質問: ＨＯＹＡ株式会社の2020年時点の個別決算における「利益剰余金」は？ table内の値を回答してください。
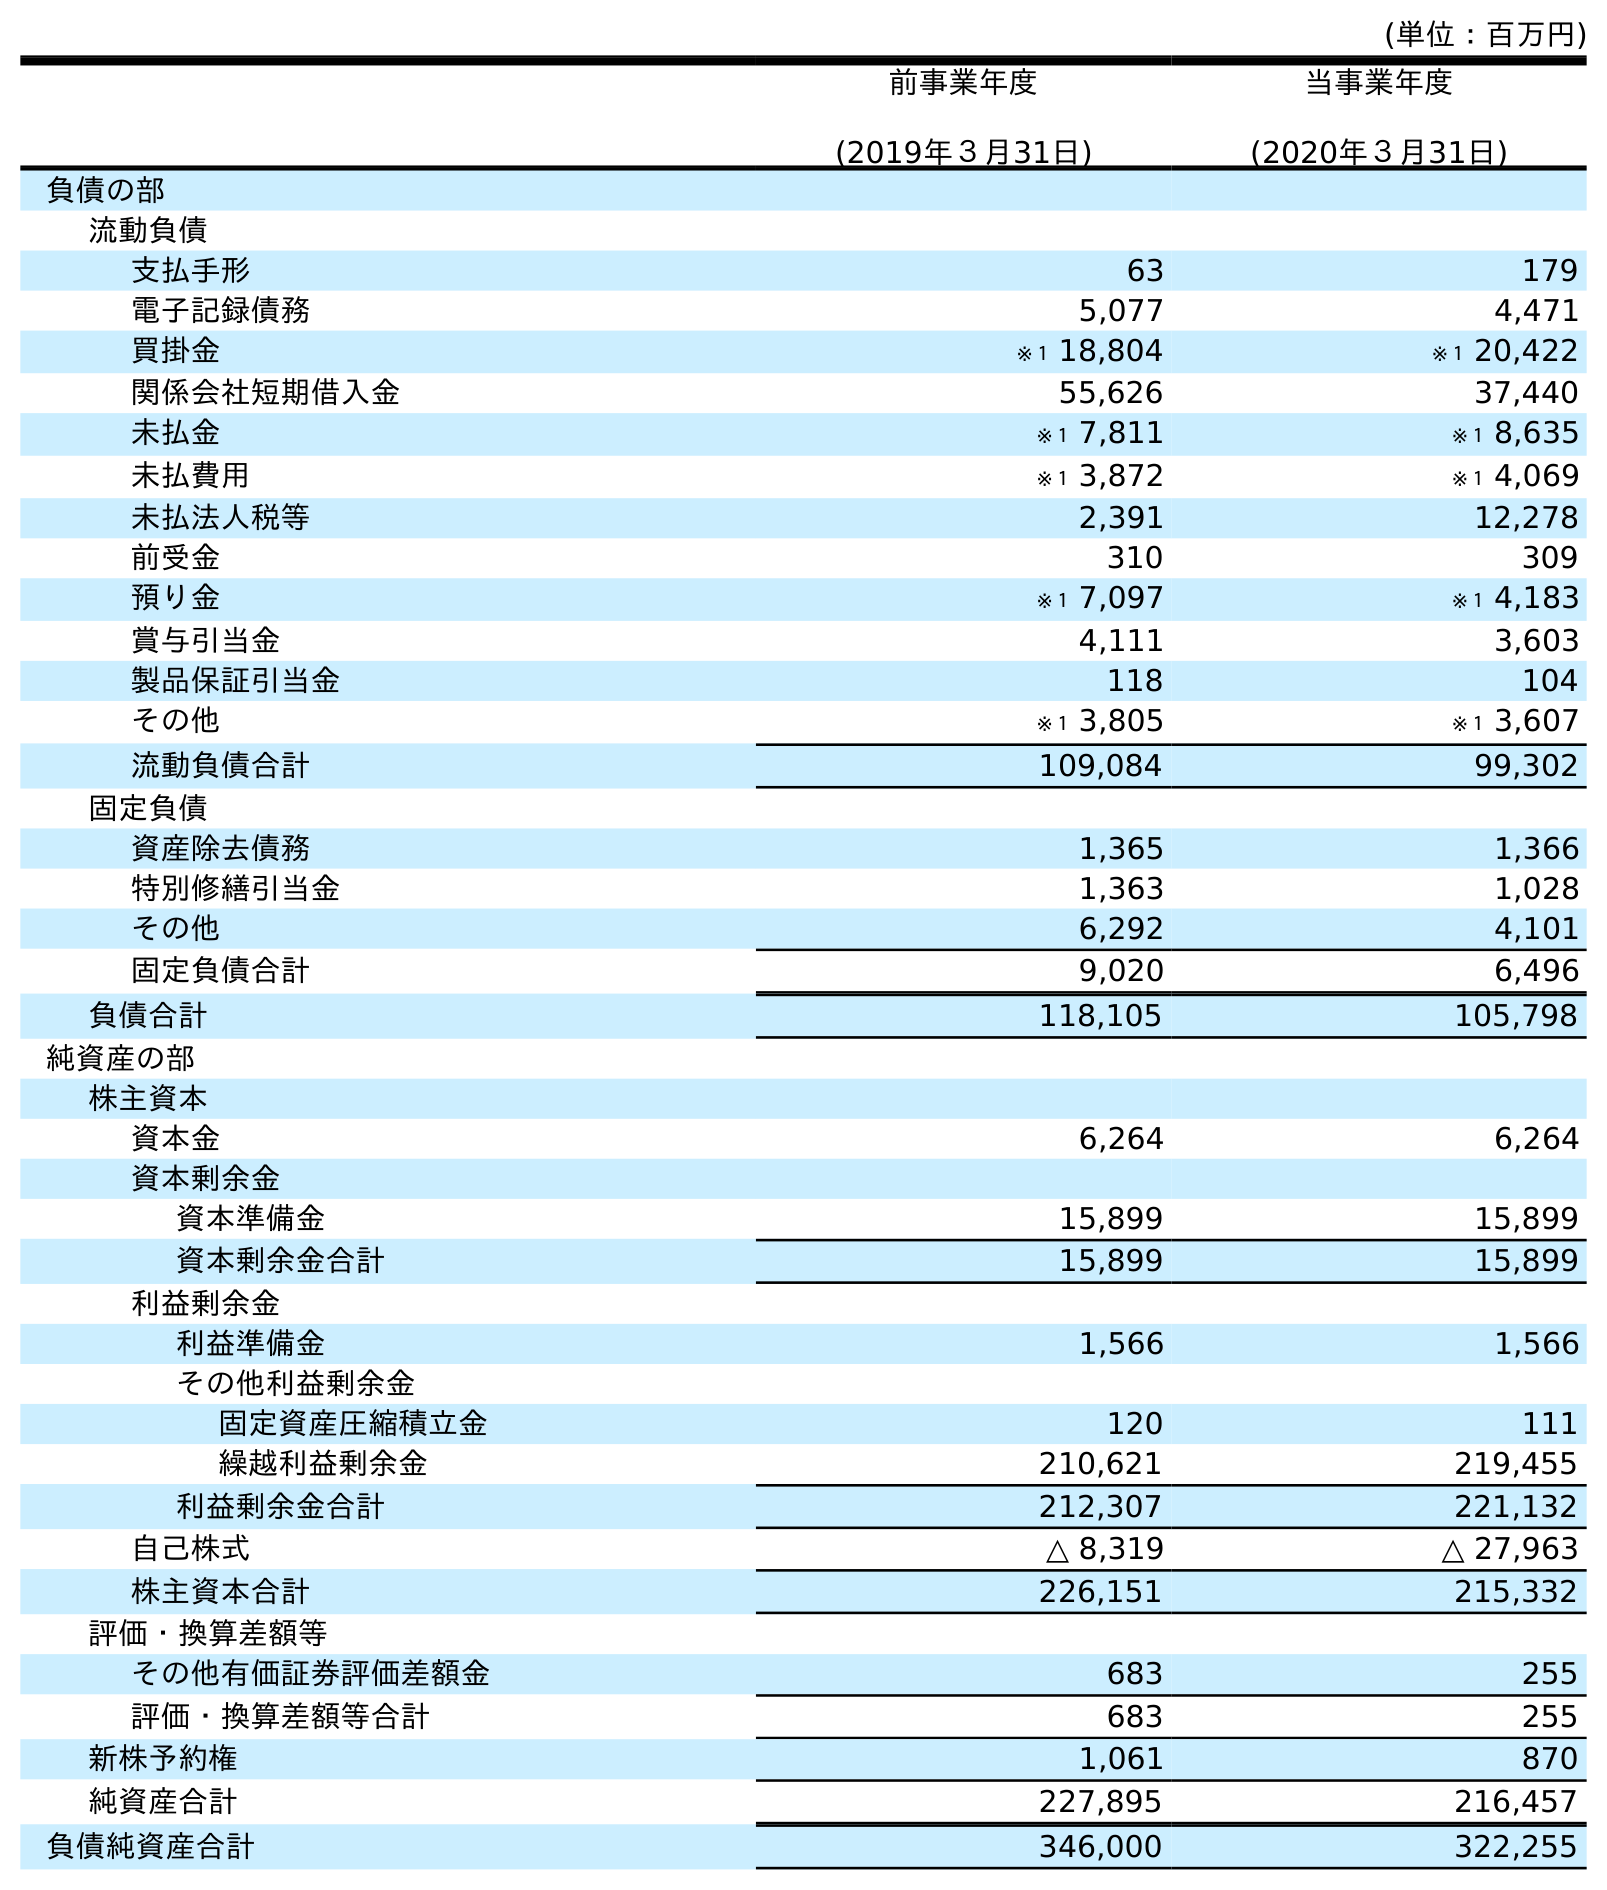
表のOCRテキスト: (単位：百万円) 前事業年度 (2019年３月31日) 当事業年度 (2020年３月31日) 負債の部 流動負債 支払手形 63 179 電子記録債務 5,077 4,471 買掛金 ※１ 18,804 ※１ 20,422 関係会社短期借入金 55,626 37,440 未払金 ※１ 7,811 ※１ 8,635 未払費用 ※１ 3,872 ※１ 4,069 未払法人税等 2,391 12,278 前受金 310 309 預り金 ※１ 7,097 ※１ 4,183 賞与引当金 4,111 3,603 製品保証引当金 118 104 その他 ※１ 3,805 ※１ 3,607 流動負債合計 109,084 99,302 固定負債 資産除去債務 1,365 1,366 特別修繕引当金 1,363 1,028 その他 6,292 4,101 固定負債合計 9,020 6,496 負債合計 118,105 105,798 純資産の部 株主資本 資本金 6,264 6,264 資本剰余金 資本準備金 15,899 15,899 資本剰余金合計 15,899 15,899 利益剰余金 利益準備金 1,566 1,566 その他利益剰余金 固定資産圧縮積立金 120 111 繰越利益剰余金 210,621 219,455 利益剰余金合計 212,307 221,132 自己株式 △ 8,319 △ 27,963 株主資本合計 226,151 215,332 評価・換算差額等 その他有価証券評価差額金 683 255 評価・換算差額等合計 683 255 新株予約権 1,061 870 純資産合計 227,895 216,457 負債純資産合計 346,000 322,255
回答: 221,132